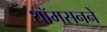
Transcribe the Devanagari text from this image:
थॉमसनने